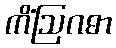
ကိံဩဂဓာ